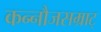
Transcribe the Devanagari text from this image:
कन्नौजसम्राट्